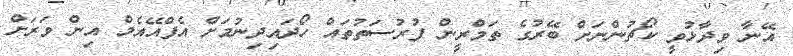
އޭނާ ވިދާޅުވީ ކޯޗުންނަށް ބޭރުގެ ތަމްރީން ފުރުސަތުތައް ހޯދައިދިނުމަށް އެފްއޭއެމް އިން ވަރަށް